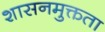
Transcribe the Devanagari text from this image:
शासनमुक्तता